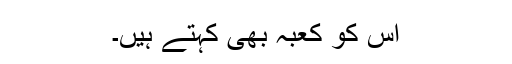
اس کو کعبہ بھی کہتے ہیں۔